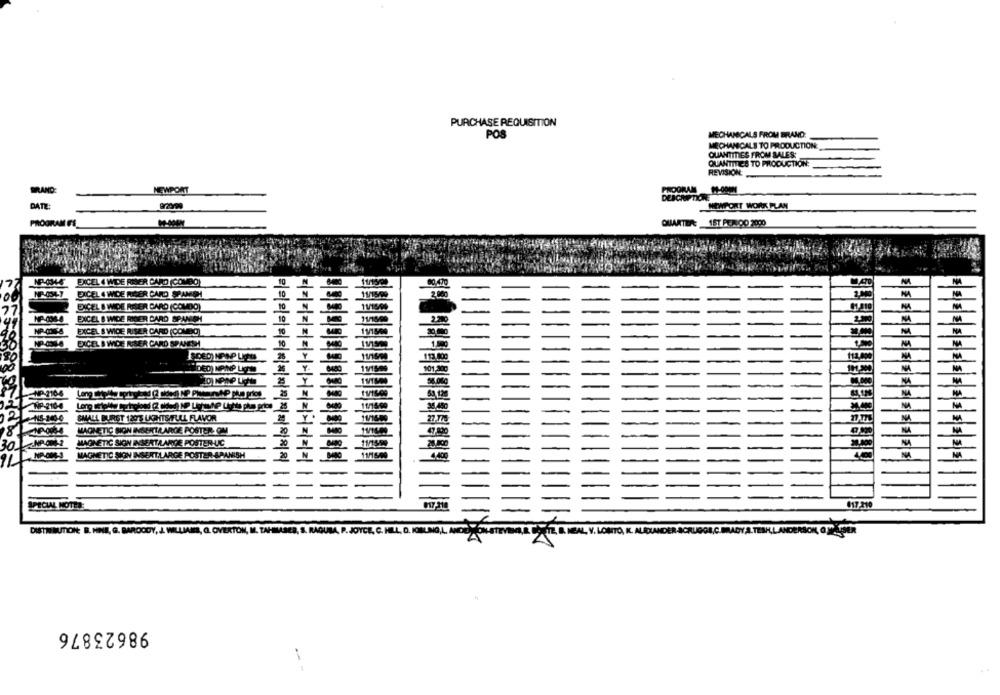
PURCHASE REQUISITION
POS
MECHANICALS FROM BRAND:
MECHANICALS TO PRODUCTION:
QUANTITIES FROM SALES:
QUANTITIES TO PRODUCTION:
REVISION:
BRAND:
-
NEWPORT
PROGRAM
DATE:
NEWPORT WORK PLAN
QUARTIERE 1ST A .00 7000
PROGRAM FE
DICEL 4 WIDE RIVER CARD (COMBO)
MA
NA
DICEL 4 WIDE RISER CARD SPANISH
2.000
EXCEL S WIDE RISER CARD (COMDO)
M
EXCEL & WIDE RISER CARD SPANISH
M
EXCEL & WICE RISER CARD (COMBO)
NA
NA
EXCEL S WICE RISER CARD SPANISH
NA
112.000
NA
113.500
101,300
11/1500
1.000
MA
NP-210-4
11/1609
53.120
MA
MP-210-4
11/16/99
38,48c
NA
NS-240-0
SMALL BURGT 1203 LIGHTS FULL FLAVOR
27-770
NA
NA
NP-O04 MAGNETIC SON INSERT/LARGE POSTER. OM
47-800
MAGNETIC SION INSERTALARDE POSTER-UC
MAGNETIC SON INSERT.LARGE POSTER-SPANISH
4.400
NA
SPECIAL NOTED:
1
017-210
DISTRIBUTION: B. HINE. G. BAROODY, J WILL
ERTON, M. TAHILASER, S. RAGUSA, P. JOYCE, C.
98623876
--